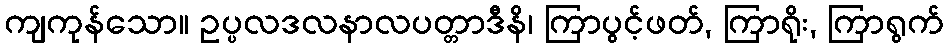
ကျကုန်သော။ ဥပ္ပလဒလနာလပတ္တာဒီနိ၊ ကြာပွင့်ဖတ်, ကြာရိုး, ကြာရွက်